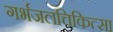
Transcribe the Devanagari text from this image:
गर्भजलचिकित्सा